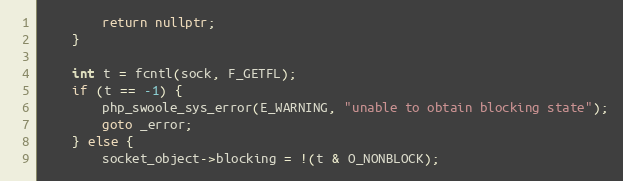
Language: C++
        return nullptr;
    }

    int t = fcntl(sock, F_GETFL);
    if (t == -1) {
        php_swoole_sys_error(E_WARNING, "unable to obtain blocking state");
        goto _error;
    } else {
        socket_object->blocking = !(t & O_NONBLOCK);